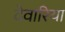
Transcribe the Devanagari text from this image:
देवारिया